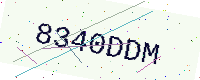
Text: 8340DDM